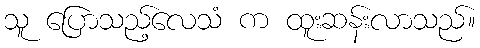
သူ ပြောသည့်လေသံ က ထူးဆန်းလာသည်။